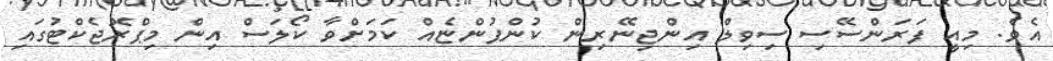
އެވެ. މިއީ ފަރަންސޭސި ސިވިލް އިންޖިނޭރިން ކުންފުންޏެއް ކަމަށްވާ ކޯލަސް އިން މިޕްރޮޖެކްޓުގައި